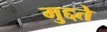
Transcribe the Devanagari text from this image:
मुद्दते